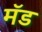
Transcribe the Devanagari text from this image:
मॅड